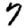
Digit: 7